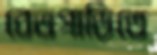
বেতগাড়িতে